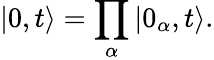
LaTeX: \vert 0,t\rangle=\prod_{\alpha}\vert 0_{\alpha},t\rangle.